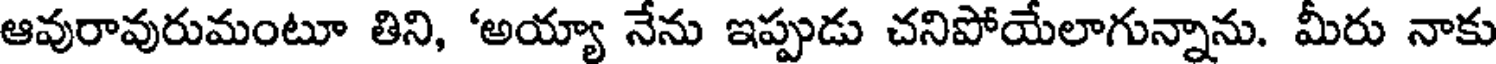
ఆవురావురుమంటూ తిని, 'అయ్యా నేను ఇప్పుడు చనిపోయేలాగున్నాను. మీరు నాకు